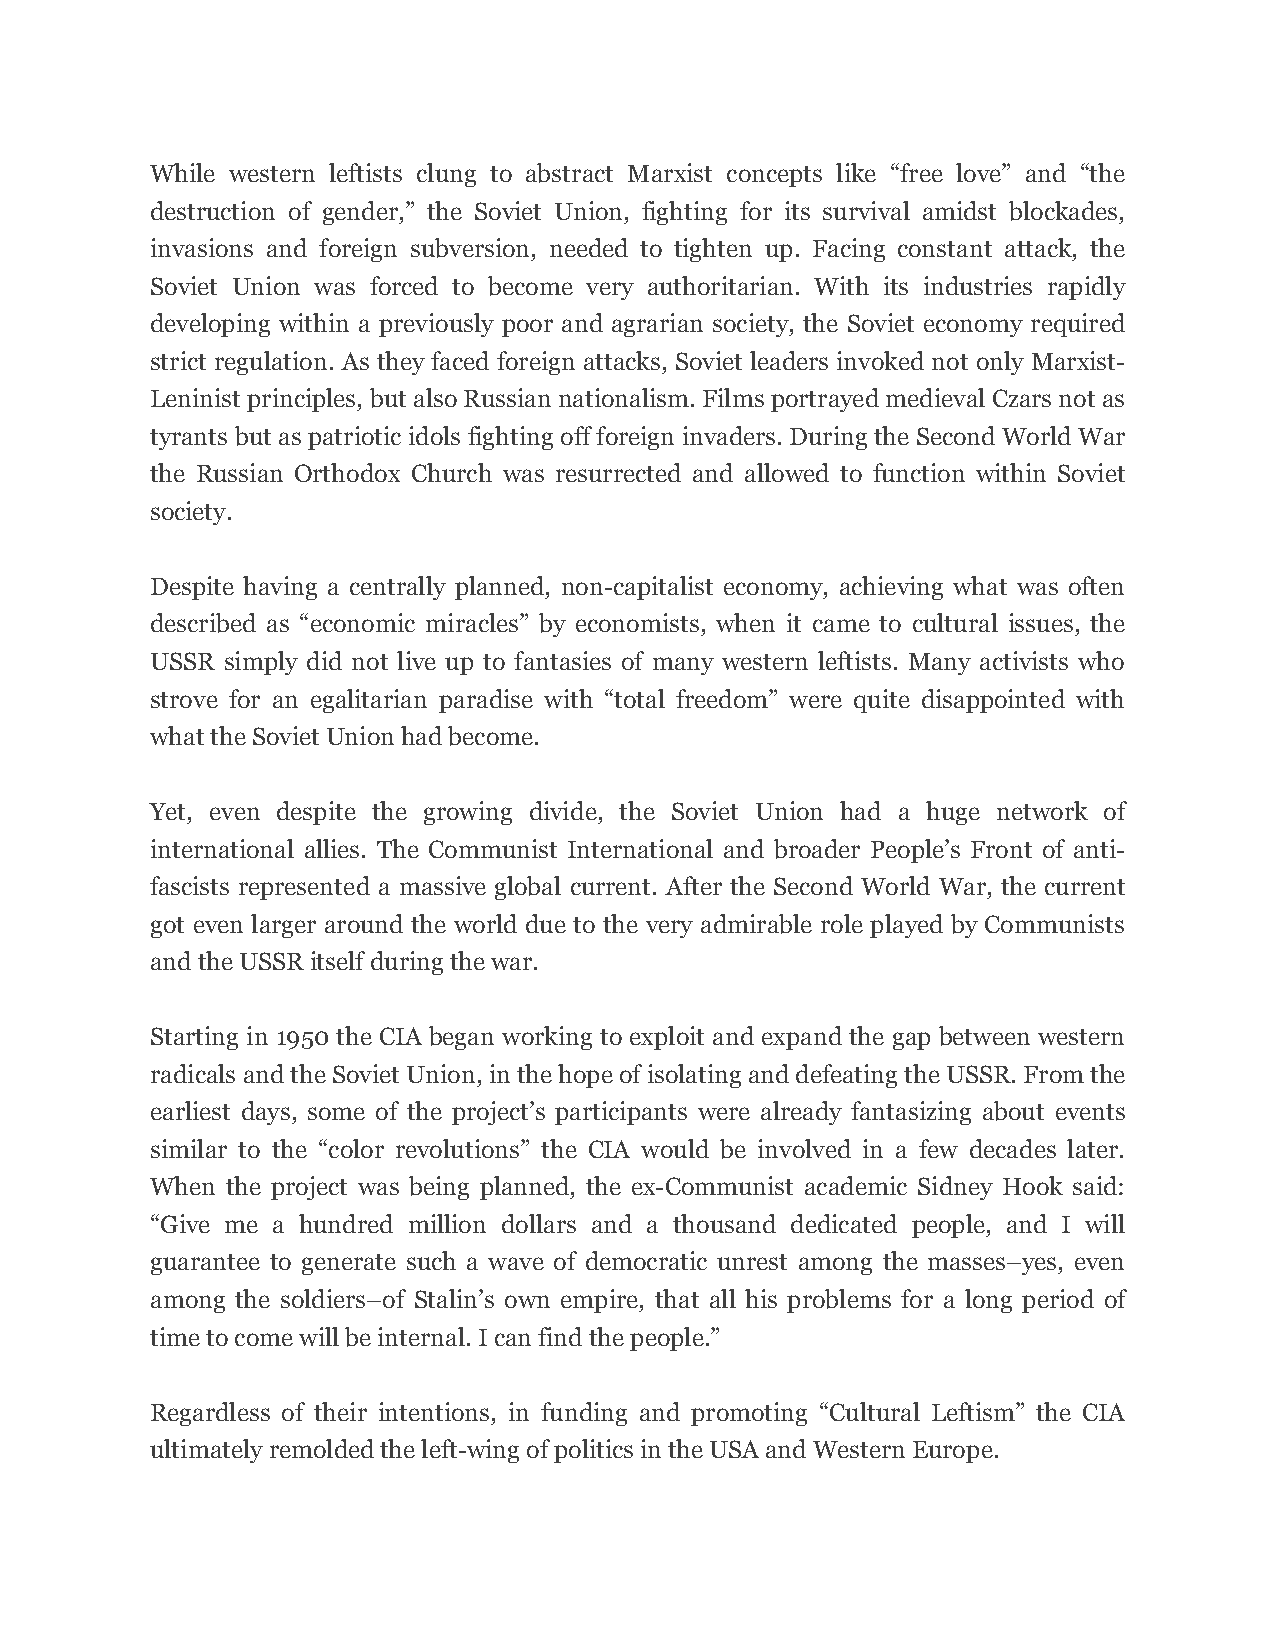
While western leftists clung to abstract Marxist concepts like “free love” and “the
 destruction of gender,” the Soviet Union, fighting for its survival amidst blockades,
 invasions and foreign subversion, needed to tighten up. Facing constant attack, the
 Soviet Union was forced to become very authoritarian. With its industries rapidly
 developing within a previously poor and agrarian society, the Soviet economy required
 strict regulation. As they faced foreign attacks, Soviet leaders invoked not only Marxist-
 Leninist principles, but also Russian nationalism. Films portrayed medieval Czars not as
 tyrants but as patriotic idols fighting off foreign invaders. During the Second World War
 the Russian Orthodox Church was resurrected and allowed to function within Soviet
 society.
 Despite having a centrally planned, non-capitalist economy, achieving what was often
 described as “economic miracles” by economists, when it came to cultural issues, the
 USSR simply did not live up to fantasies of many western leftists. Many activists who
 strove for an egalitarian paradise with “total freedom” were quite disappointed with
 what the Soviet Union had become.
 Yet, even despite the growing divide, the Soviet Union had a huge network of
 international allies. The Communist International and broader People’s Front of anti-
 fascists represented a massive global current. After the Second World War, the current
 got even larger around the world due to the very admirable role played by Communists
 and the USSR itself during the war.
 Starting in 1950 the CIA began working to exploit and expand the gap between western
 radicals and the Soviet Union, in the hope of isolating and defeating the USSR. From the
 earliest days, some of the project’s participants were already fantasizing about events
 similar to the “color revolutions” the CIA would be involved in a few decades later.
 When the project was being planned, the ex-Communist academic Sidney Hook said:
 “Give me a hundred million dollars and a thousand dedicated people, and I will
 guarantee to generate such a wave of democratic unrest among the masses–yes, even
 among the soldiers–of Stalin’s own empire, that all his problems for a long period of
 time to come will be internal. I can find the people.”
 Regardless of their intentions, in funding and promoting “Cultural Leftism” the CIA
 ultimately remolded the left-wing of politics in the USA and Western Europe.